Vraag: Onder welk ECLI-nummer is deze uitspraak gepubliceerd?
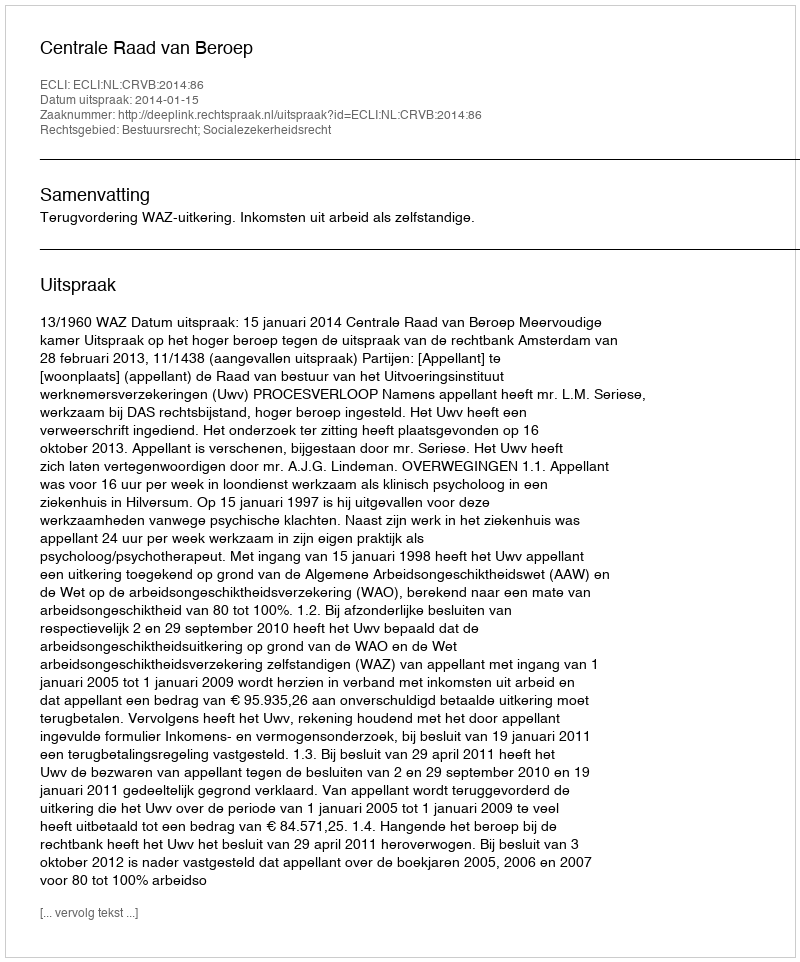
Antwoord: ECLI:NL:CRVB:2014:86